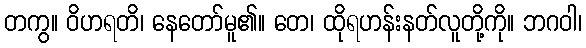
တကွ။ ဝိဟရတိ၊ နေတော်မူ၏။ တေ၊ ထိုရဟန်းနတ်လူတို့ကို။ ဘဂဝါ၊